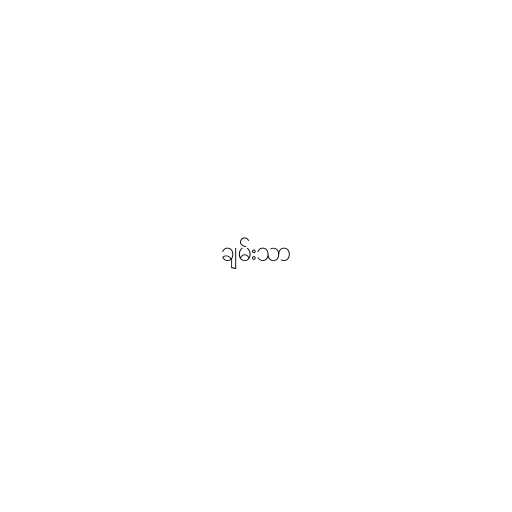
ချမ်းသာ